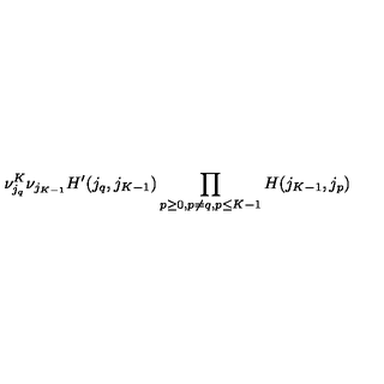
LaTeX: \nu _ { j _ { q } } ^ { K } \nu _ { j _ { K - 1 } } H ^ { \prime } ( j _ { q } , j _ { K - 1 } ) \prod _ { p \geq 0 , p \neq q , \/ p \leq K - 1 } H ( j _ { K - 1 } , j _ { p } )